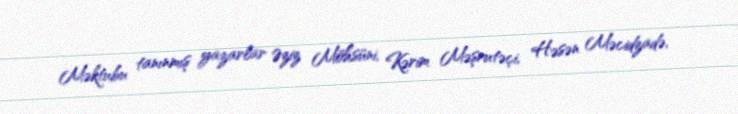
Məktubu tanınmış yazarlar Əziz Möhsüni, Kərim Məşrutəçi, Həsən Məcidzadə,